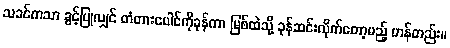
သခင်ကသာ ခွင့်ပြုလျှင် တံတားပေါင်ကိုခုန်ကာ မြစ်ထဲသို့ ခုန်ဆင်းလိုက်တော့မည့် ဟန်တည်း။